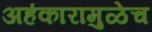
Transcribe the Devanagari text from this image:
अहंकारामुळेच